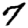
Digit: 7